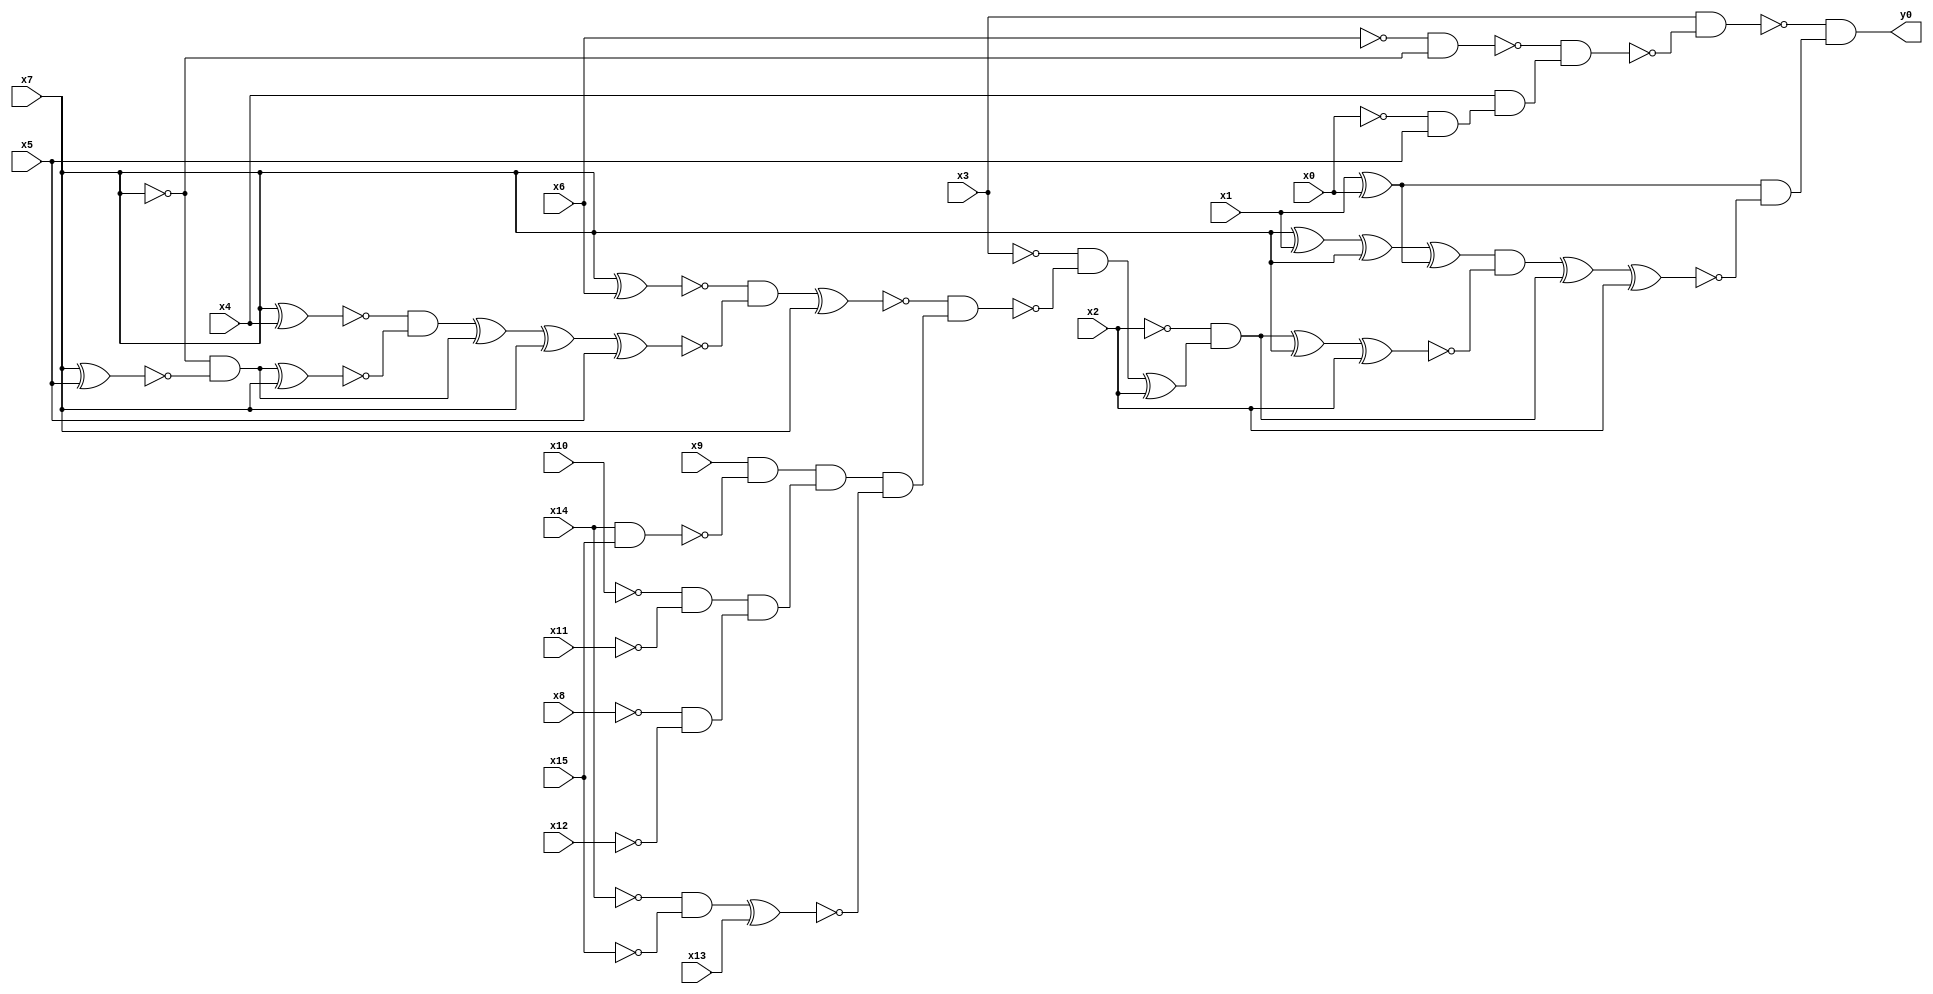
module top( x0 , x1 , x2 , x3 , x4 , x5 , x6 , x7 , x8 , x9 , x10 , x11 , x12 , x13 , x14 , x15 , y0 );
  input x0 , x1 , x2 , x3 , x4 , x5 , x6 , x7 , x8 , x9 , x10 , x11 , x12 , x13 , x14 , x15 ;
  output y0 ;
  wire n17 , n18 , n19 , n20 , n21 , n22 , n23 , n24 , n25 , n26 , n27 , n28 , n29 , n30 , n31 , n32 , n33 , n34 , n35 , n36 , n37 , n38 , n39 , n40 , n41 , n42 , n43 , n44 , n45 , n46 , n47 , n48 , n49 , n50 , n51 , n52 , n53 , n54 , n55 , n56 ;
  assign n17 = ~x6 & ~x7 ;
  assign n18 = ~x0 & x5 ;
  assign n19 = x4 & n18 ;
  assign n20 = ~n17 & n19 ;
  assign n21 = x3 & ~n20 ;
  assign n22 = x1 ^ x0 ;
  assign n23 = x7 ^ x1 ;
  assign n24 = n23 ^ x7 ;
  assign n25 = n24 ^ n22 ;
  assign n26 = x7 ^ x6 ;
  assign n27 = x7 ^ x4 ;
  assign n28 = x7 ^ x5 ;
  assign n29 = ~x7 & ~n28 ;
  assign n30 = n29 ^ x7 ;
  assign n31 = ~n27 & ~n30 ;
  assign n32 = n31 ^ n29 ;
  assign n33 = n32 ^ x7 ;
  assign n34 = n33 ^ x5 ;
  assign n35 = ~n26 & ~n34 ;
  assign n36 = n35 ^ x7 ;
  assign n37 = x14 & x15 ;
  assign n38 = x9 & ~n37 ;
  assign n39 = ~x10 & ~x11 ;
  assign n40 = ~x8 & ~x12 ;
  assign n41 = n39 & n40 ;
  assign n42 = n38 & n41 ;
  assign n43 = ~x14 & ~x15 ;
  assign n44 = n43 ^ x13 ;
  assign n45 = n42 & ~n44 ;
  assign n46 = ~n36 & n45 ;
  assign n47 = ~x3 & ~n46 ;
  assign n48 = n47 ^ x2 ;
  assign n49 = ~x2 & n48 ;
  assign n50 = n49 ^ x7 ;
  assign n51 = n50 ^ x2 ;
  assign n52 = n25 & ~n51 ;
  assign n53 = n52 ^ n49 ;
  assign n54 = n53 ^ x2 ;
  assign n55 = n22 & ~n54 ;
  assign n56 = ~n21 & n55 ;
  assign y0 = n56 ;
endmodule